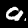
Digit: 9